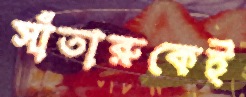
সাঁতারুকেই